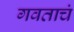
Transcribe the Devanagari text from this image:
गवताचं